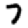
Digit: 7